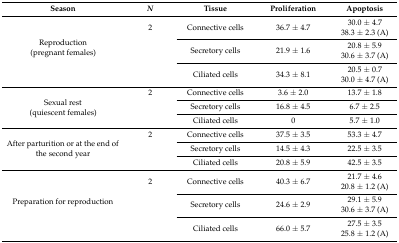
<table><thead><tr><td><b>Season</b></td><td><b><i>N</i></b></td><td><b>Tissue</b></td><td><b>Proliferation</b></td><td><b>Apoptosis</b></td></tr></thead><tbody><tr><td rowspan="3">Reproduction(pregnant females)</td><td>2</td><td>Connective cells</td><td>36.7 ± 4.7</td><td>30.0 ± 4.738.3 ± 2.3 (A)</td></tr><tr><td></td><td>Secretory cells</td><td>21.9 ± 1.6</td><td>20.8 ± 5.930.6 ± 3.7 (A)</td></tr><tr><td></td><td>Ciliated cells</td><td>34.3 ± 8.1</td><td>20.5 ± 0.730.0 ± 4.7 (A)</td></tr><tr><td rowspan="3">Sexual rest(quiescent females)</td><td>2</td><td>Connective cells</td><td>3.6 ± 2.0</td><td>13.7 ± 1.8</td></tr><tr><td></td><td>Secretory cells</td><td>16.8 ± 4.5</td><td>6.7 ± 2.5</td></tr><tr><td></td><td>Ciliated cells</td><td>0</td><td>5.7 ± 1.0</td></tr><tr><td rowspan="3">After parturition or at the end of the second year</td><td>2</td><td>Connective cells</td><td>37.5 ± 3.5</td><td>53.3 ± 4.7</td></tr><tr><td></td><td>Secretory cells</td><td>14.5 ± 4.3</td><td>22.5 ± 3.5</td></tr><tr><td></td><td>Ciliated cells</td><td>20.8 ± 5.9</td><td>42.5 ± 3.5</td></tr><tr><td rowspan="3">Preparation for reproduction</td><td>2</td><td>Connective cells</td><td>40.3 ± 6.7</td><td>21.7 ± 4.620.8 ± 1.2 (A)</td></tr><tr><td></td><td>Secretory cells</td><td>24.6 ± 2.9</td><td>29.1 ± 5.930.6 ± 3.7 (A)</td></tr><tr><td></td><td>Ciliated cells</td><td>66.0 ± 5.7</td><td>27.5 ± 3.525.8 ± 1.2 (A)</td></tr></tbody></table>